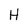
Character: H